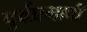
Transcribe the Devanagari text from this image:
पूर्वप्रभावी